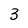
Character: 3